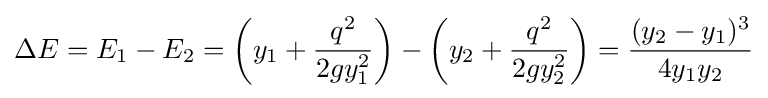
\Delta E=E_{1}-E_{2}=\left(y_{1}+{\frac {q^{2}}{2gy_{1}^{2}}}\right)-\left(y_{2}+{\frac {q^{2}}{2gy_{2}^{2}}}\right)={\frac {(y_{2}-y_{1})^{3}}{4y_{1}y_{2}}}